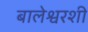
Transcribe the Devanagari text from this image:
बालेश्वरशी